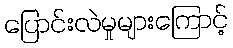
ပြောင်းလဲမှုများကြောင့်